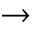
\to